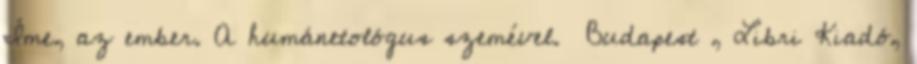
Íme, az ember. A humánetológus szemével. Budapest , Libri Kiadó,